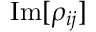
\mathrm { I m } [ \rho _ { i j } ]